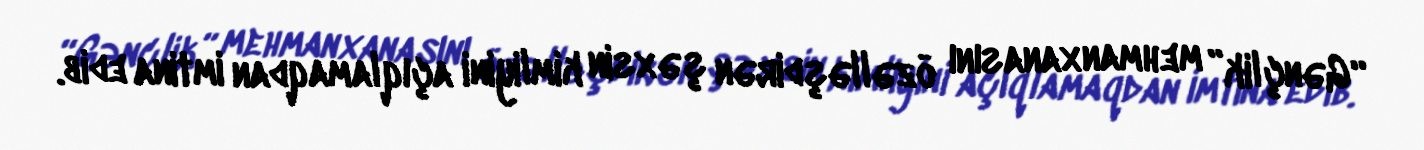
“Gənçlik” mehmanxanasını özəlləşdirən şəxsin kimliyini açıqlamaqdan imtina edib.